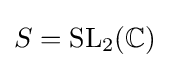
S=\operatorname {SL} _{2}(\mathbb {C} )